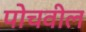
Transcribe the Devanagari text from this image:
पोचवील